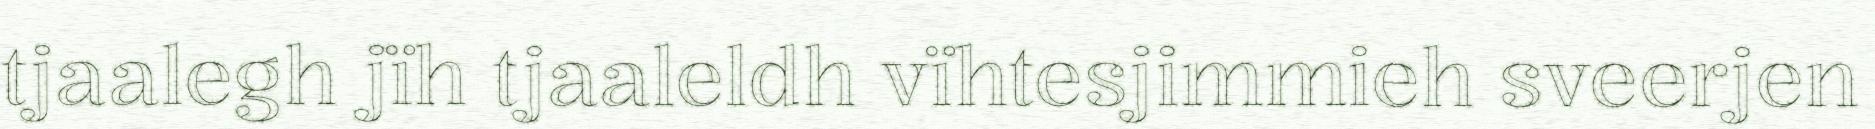
tjaalegh jïh tjaaleldh vïhtesjimmieh sveerjen